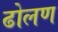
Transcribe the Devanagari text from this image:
ढोलण